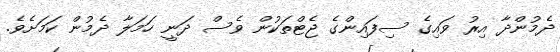
ދެމުންދާ އިރު ވައިގެ ސިފައިންގެ ޖެޓްތަކުން ވެސް ދަނީ ހަަމަލާ ދެމުން ކަމަށެވެ.